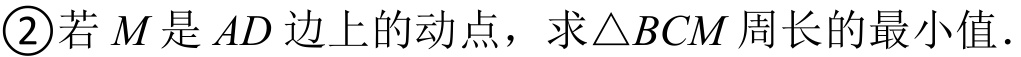
\textcircled{2}若 \(M\) 是 \(AD\) 边上的动点，求\(\triangle BCM\) 周长的最小值．